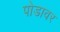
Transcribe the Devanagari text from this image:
पोडावर